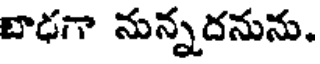
బాఢగా నున్నదనును.